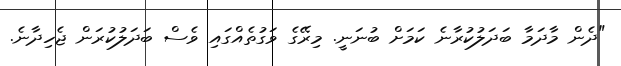
"ދެން މާދަމާ ބަދަލުކުރާނެ ކަމަށް ބުނަނީ. މިރޭގެ ވަގުތެއްގައި ވެސް ބަދަލުކުރަން ޖެހިދާނެ.